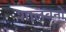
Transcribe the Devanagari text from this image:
शालवनो